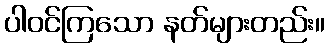
ပါဝင်ကြသော နတ်များတည်း။